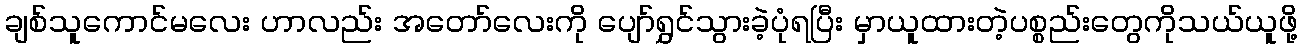
ချစ်သူကောင်မလေး ဟာလည်း အတော်လေးကို ပျော်ရွှင်သွားခဲ့ပုံရပြီး မှာယူထားတဲ့ပစ္စည်းတွေကိုသယ်ယူဖို့